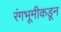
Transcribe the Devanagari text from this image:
रंगभूमीकडून